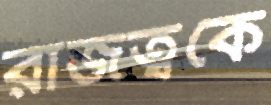
রাজত্বকে